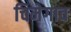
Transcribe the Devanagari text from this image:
चिमेगाव